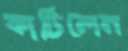
কাটিলেন